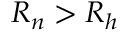
R _ { n } > R _ { h }